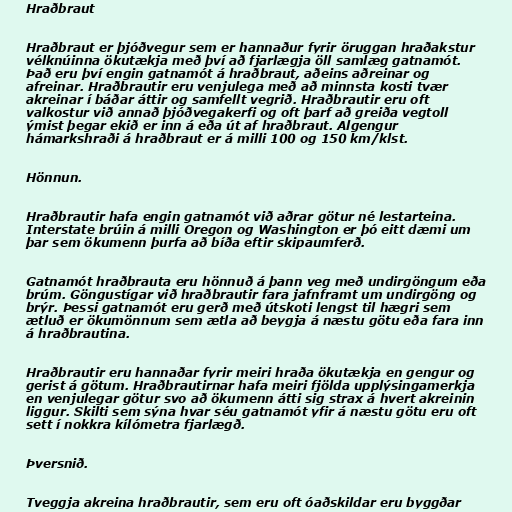
Hraðbraut

Hraðbraut er þjóðvegur sem er hannaður fyrir öruggan hraðakstur
vélknúinna ökutækja með því að fjarlægja öll samlæg gatnamót.
Það eru því engin gatnamót á hraðbraut, aðeins aðreinar og
afreinar. Hraðbrautir eru venjulega með að minnsta kosti tvær
akreinar í báðar áttir og samfellt vegrið. Hraðbrautir eru oft
valkostur við annað þjóðvegakerfi og oft þarf að greiða vegtoll
ýmist þegar ekið er inn á eða út af hraðbraut. Algengur
hámarkshraði á hraðbraut er á milli 100 og 150 km/klst.

Hönnun.

Hraðbrautir hafa engin gatnamót við aðrar götur né lestarteina.
Interstate brúin á milli Oregon og Washington er þó eitt dæmi um
þar sem ökumenn þurfa að bíða eftir skipaumferð.

Gatnamót hraðbrauta eru hönnuð á þann veg með undirgöngum eða
brúm. Göngustígar við hraðbrautir fara jafnframt um undirgöng og
brýr. Þessi gatnamót eru gerð með útskoti lengst til hægri sem
ætluð er ökumönnum sem ætla að beygja á næstu götu eða fara inn
á hraðbrautina.

Hraðbrautir eru hannaðar fyrir meiri hraða ökutækja en gengur og
gerist á götum. Hraðbrautirnar hafa meiri fjölda upplýsingamerkja
en venjulegar götur svo að ökumenn átti sig strax á hvert akreinin
liggur. Skilti sem sýna hvar séu gatnamót yfir á næstu götu eru oft
sett í nokkra kílómetra fjarlægð.

Þversnið.

Tveggja akreina hraðbrautir, sem eru oft óaðskildar eru byggðar